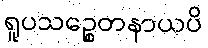
ရူပသဉ္စေတနာယပိ